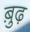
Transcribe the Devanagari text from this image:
बु़ढ़